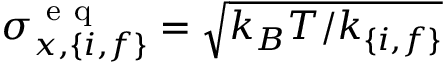
\sigma _ { x , \{ i , f \} } ^ { \mathrm { ~ e ~ q ~ } } = \sqrt { k _ { B } T / k _ { \{ i , f \} } }